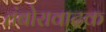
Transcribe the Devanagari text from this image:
तंबोरावादक